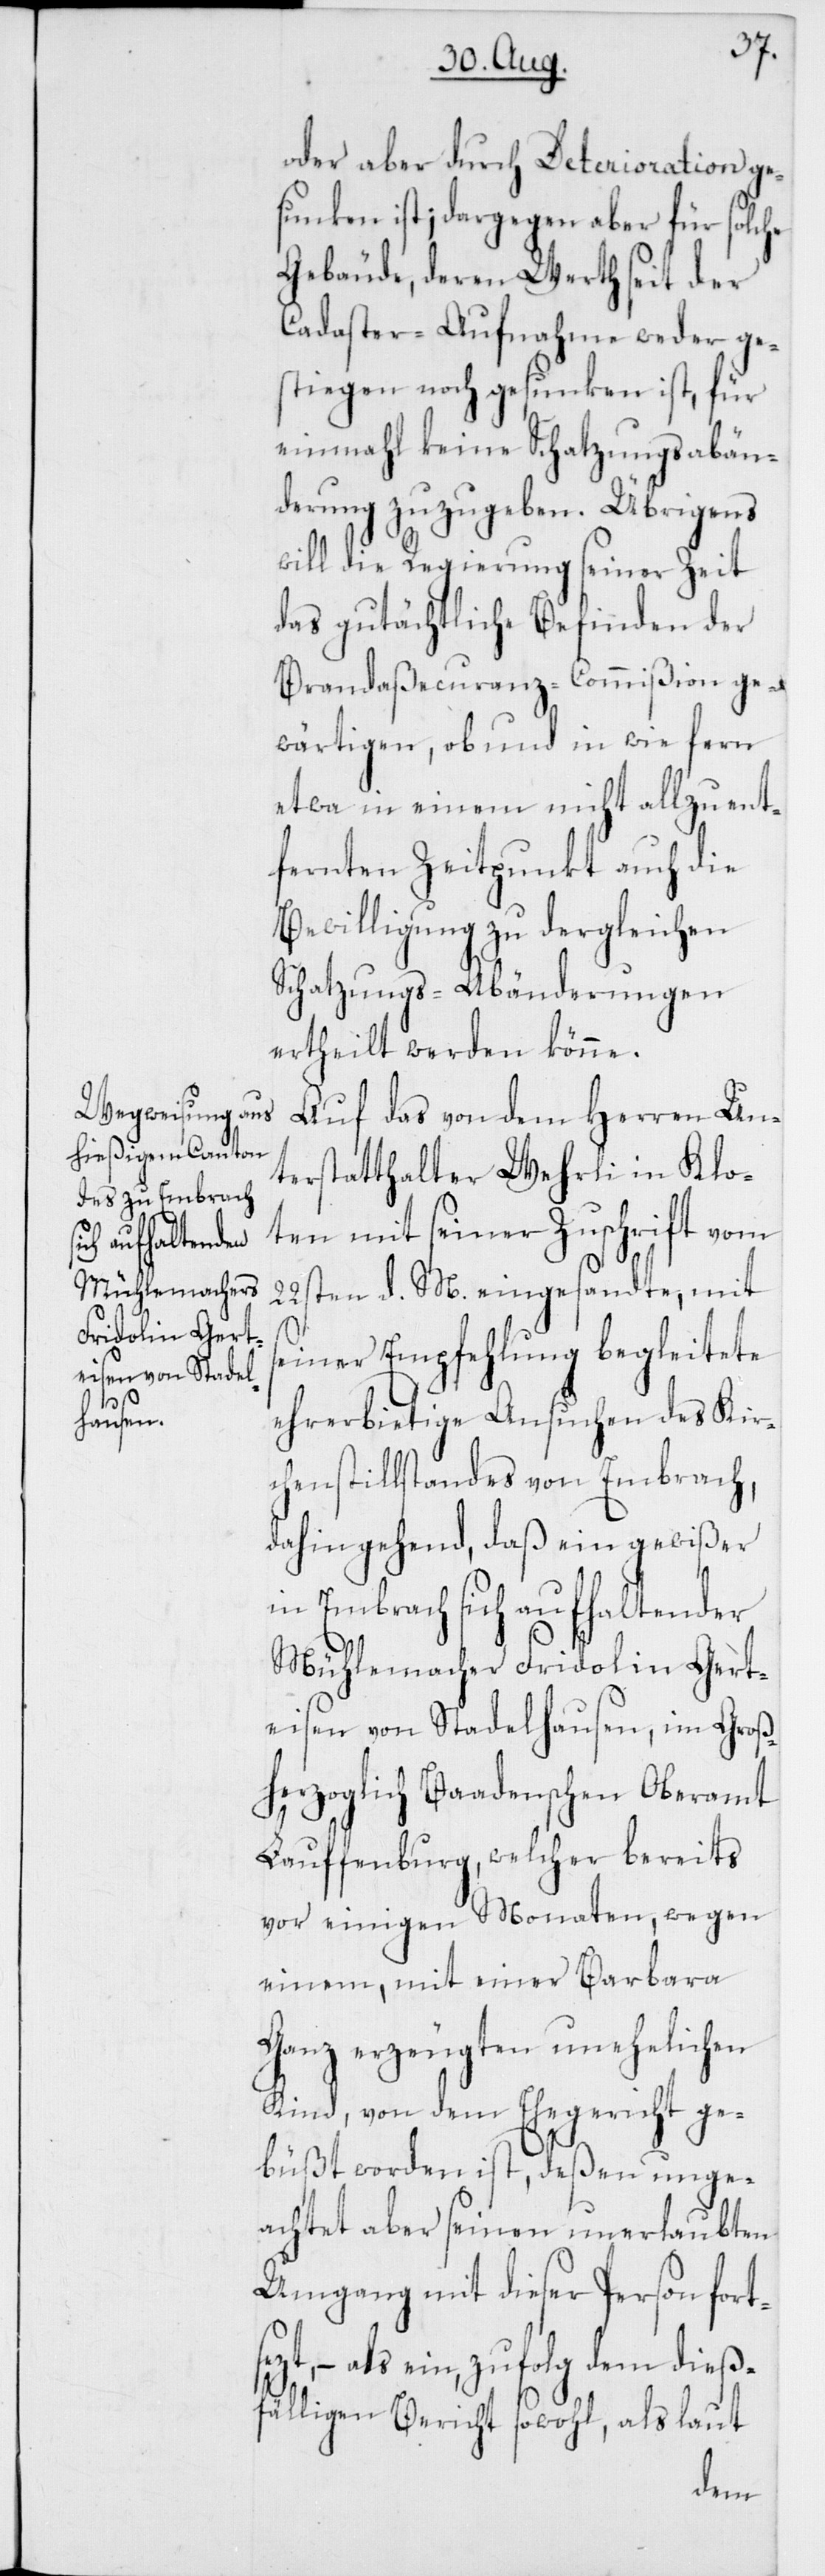
oder aber durch Deterioration ge¬
sunken ist; dargegen aber für solche
Gebäude, deren Werth seit der
Cadaster-Aufnahme weder ge¬
stiegen noch gesunken ist, für
einmahl keine Schatzungsabän¬
derung zuzugeben.Übrigens
will die Regierung seiner Zeit
das gutächtliche Befinden der
Brandaßecuranz-Commißion ge¬
wärtigen, ob und in wie fern
etwa in einem nicht allzu ent¬
fernten Zeitpunkt auch die
Bewilligung zu dergleichen
Schatzungs-Abänderungen
ertheilt werden könne.
Auf das von dem Herren Un¬
terstatthalter Wehrli in Klo¬
ten mit seiner Zuschrift vom
22sten d. M. eingesandte, mit
seiner Empfehlung begleitete
ehrerbietige Ansuchen des Kir¬
chenstillstandes von Embrach,
dahingehend, daß ein gewißer
in Embrach sich aufhaltender
Mühlemacher Fridolin Gert¬
eisen von Stadelhausen, im Groß¬
herzoglich Baadenschen Oberamt
Lauffenburg, welcher bereits
vor einigen Monaten, wegen
einem, mit einer Barbara
Ganz erzeugten unehelichen
Kind, von dem Ehegericht ge¬
büßt worden ist, deßen unge¬
achtet aber seinen unerlaubten
Umgang mit dieser Person fort¬
zt, – als ein, zufolg dem dieß¬
fälligen Bericht sowohl, als laut
se¬